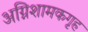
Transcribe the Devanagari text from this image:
अग्निशामकगृह